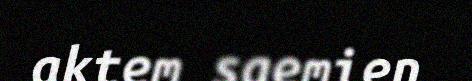
aktem saemien